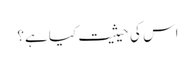
اس کی حیثیت کیا ہے؟